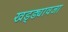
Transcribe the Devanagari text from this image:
खड्ड्यावजा